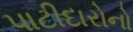
પાટીદારોનો